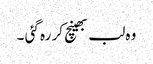
وہ لب بھینچ کر رہ گئی ۔